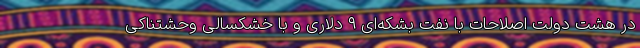
در هشت دولت اصلاحات با نفت بشکه‌ای ‌٩ دلاری و با خشکسالی وحشتناکی